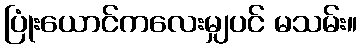
ပြုံးယောင်ကလေးမျှပင် မသမ်း။